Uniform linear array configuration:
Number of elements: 8
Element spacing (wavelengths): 0.5
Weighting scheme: exponential
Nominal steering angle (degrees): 30
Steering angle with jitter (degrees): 31.625
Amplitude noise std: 0.05
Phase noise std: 0.05

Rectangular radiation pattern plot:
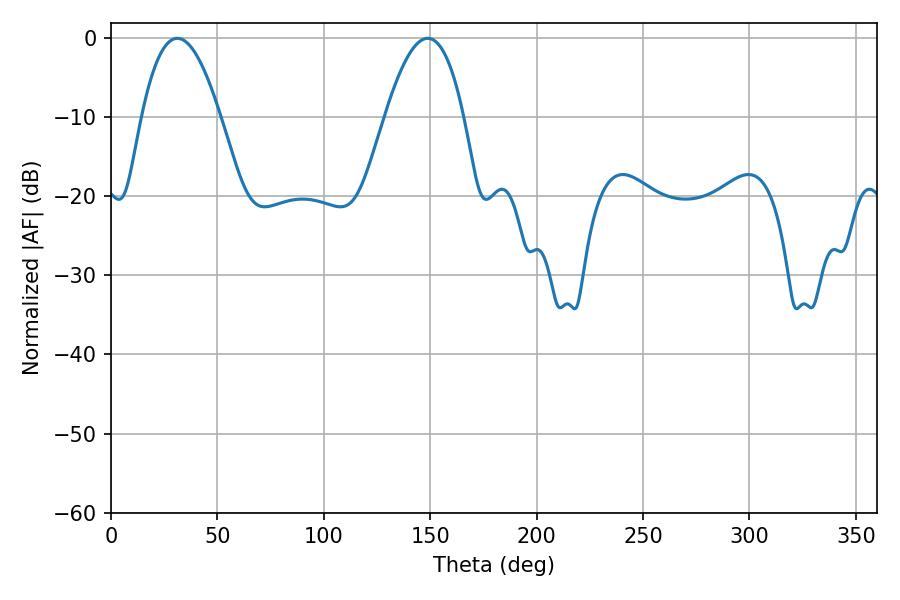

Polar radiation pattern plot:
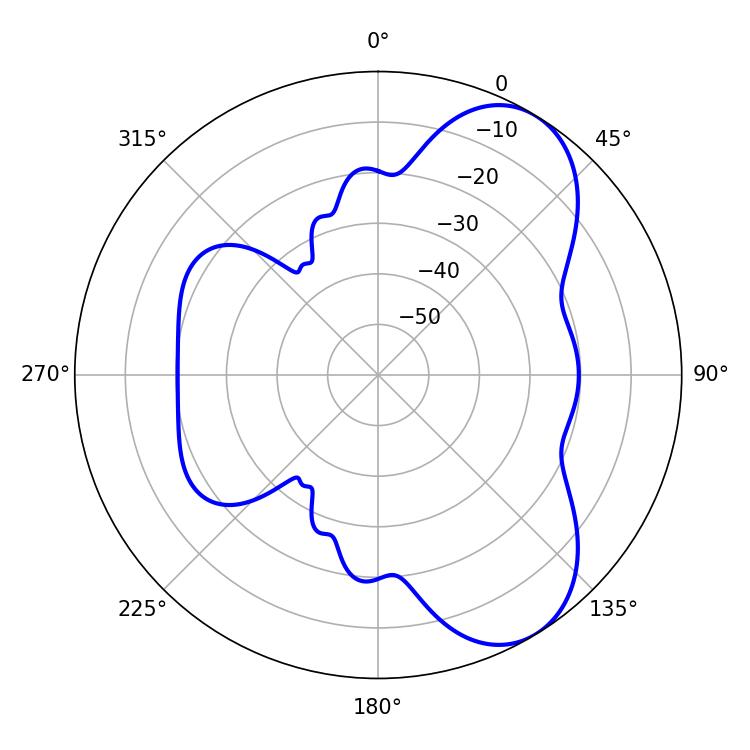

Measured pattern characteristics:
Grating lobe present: FALSE
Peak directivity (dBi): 7.069
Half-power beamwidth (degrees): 20.34
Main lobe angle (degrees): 31.14